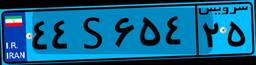
۵۸S۰۸۱۱۷